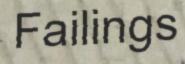
Failings